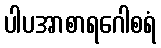
ပါပအာစာရဂေါစရံ